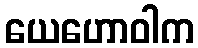
ယေဟောဝါက